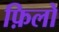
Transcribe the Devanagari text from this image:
फ़िलो